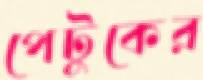
পেটুকের